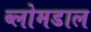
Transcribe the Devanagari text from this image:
ब्लोमडाल